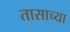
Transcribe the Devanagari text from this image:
तासाच्‍या